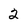
Character: 2